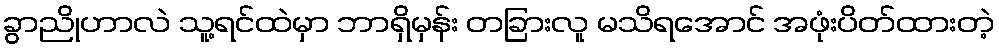
ခွာညိုဟာလဲ သူ့ရင်ထဲမှာ ဘာရှိမှန်း တခြားလူ မသိရအောင် အဖုံးပိတ်ထားတဲ့